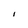
Character: i